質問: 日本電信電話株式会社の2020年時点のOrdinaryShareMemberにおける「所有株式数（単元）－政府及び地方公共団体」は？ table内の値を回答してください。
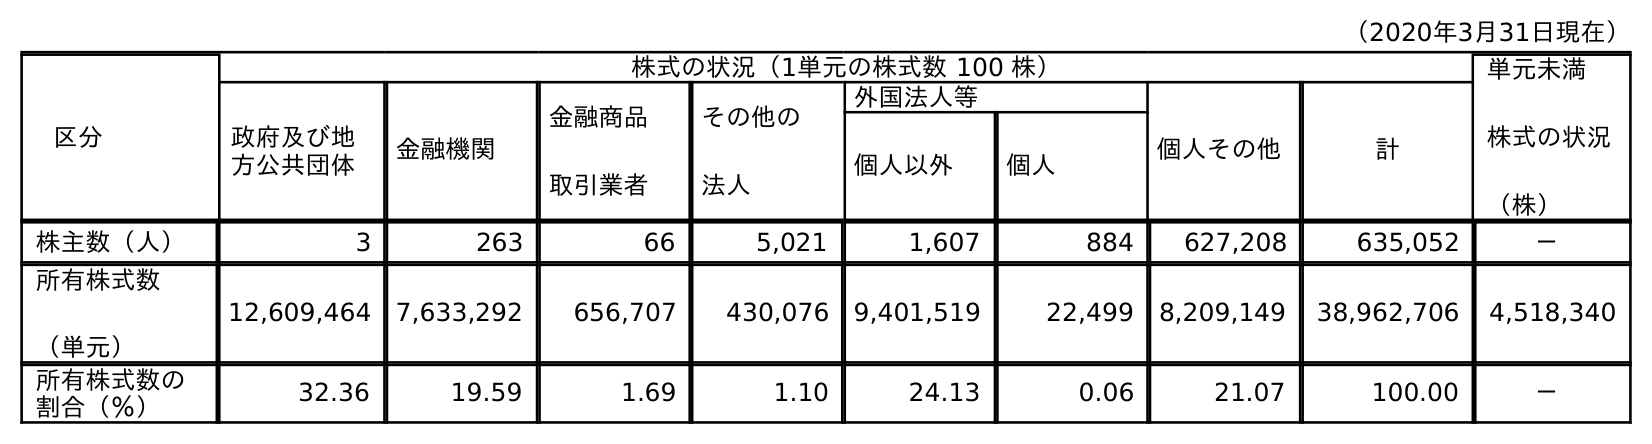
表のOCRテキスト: （2020年3月31日現在） 区分 株式の状況（1単元の株式数 100 株） 単元未満 株式の状況 （株） 政府及び地 方公共団体 金融機関 金融商品 取引業者 その他の 法人 外国法人等 個人その他 計 個人以外 個人 株主数（人） 3 263 66 5,021 1,607 884 627,208 635,052 － 所有株式数 （単元） 12,609,464 7,633,292 656,707 430,076 9,401,519 22,499 8,209,149 38,962,706 4,518,340 所有株式数の 割合（％） 32.36 19.59 1.69 1.10 24.13 0.06 21.07 100.00 －
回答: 12,609,464